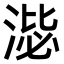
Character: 𣸢